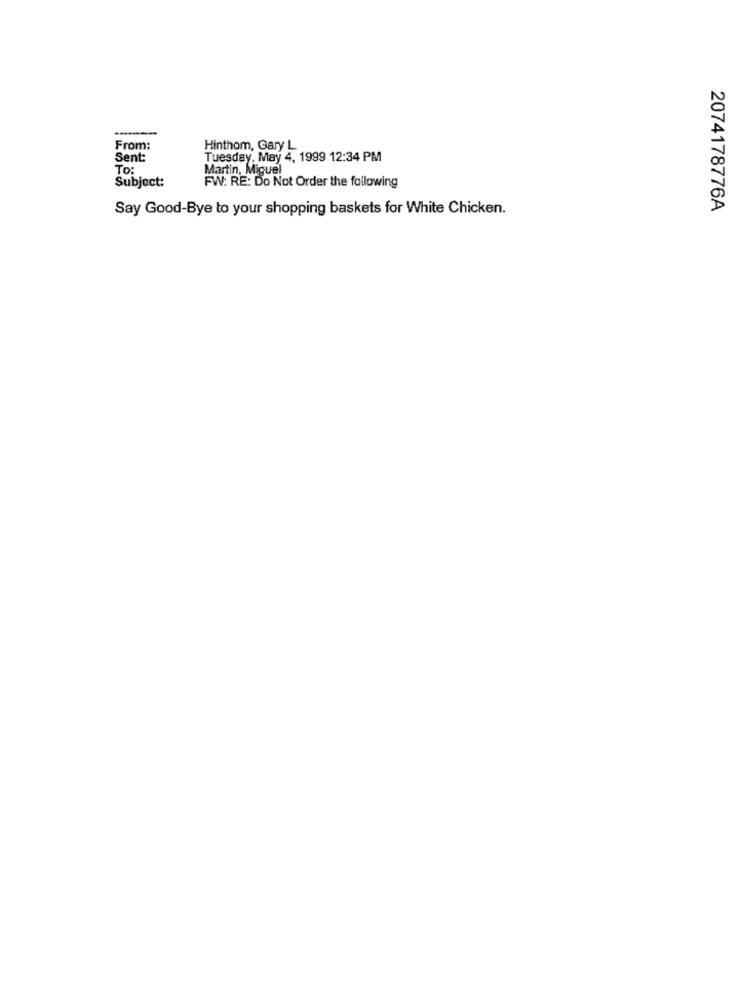
From:
Hinthom, Gary L
Sent:
Tuesday, May 4, 1999 12:34 PM
To:
Martin, Miguel
Subject:
FW: RE: Do Not Order the following
Say Good-Bye to your shopping baskets for White Chicken.
2074178776A